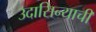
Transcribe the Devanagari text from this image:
उदासिन्याची